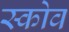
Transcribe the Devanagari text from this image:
स्‍कोव